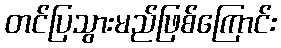
တင်ပြသွားမည်ဖြစ်ကြောင်း